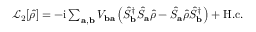
\begin{array} { r } { \mathcal { L } _ { 2 } [ \hat { \rho } ] = - \mathrm { i } \sum _ { \mathbf { a } , \mathbf { b } } V _ { \mathbf { b a } } \left( \hat { S } _ { \mathbf { b } } ^ { \dagger } \hat { S } _ { \mathbf { a } } \hat { \rho } - \hat { S } _ { \mathbf { a } } \hat { \rho } \hat { S } _ { \mathbf { b } } ^ { \dagger } \right) + \mathrm { H . c . } } \end{array}